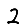
Digit: 2